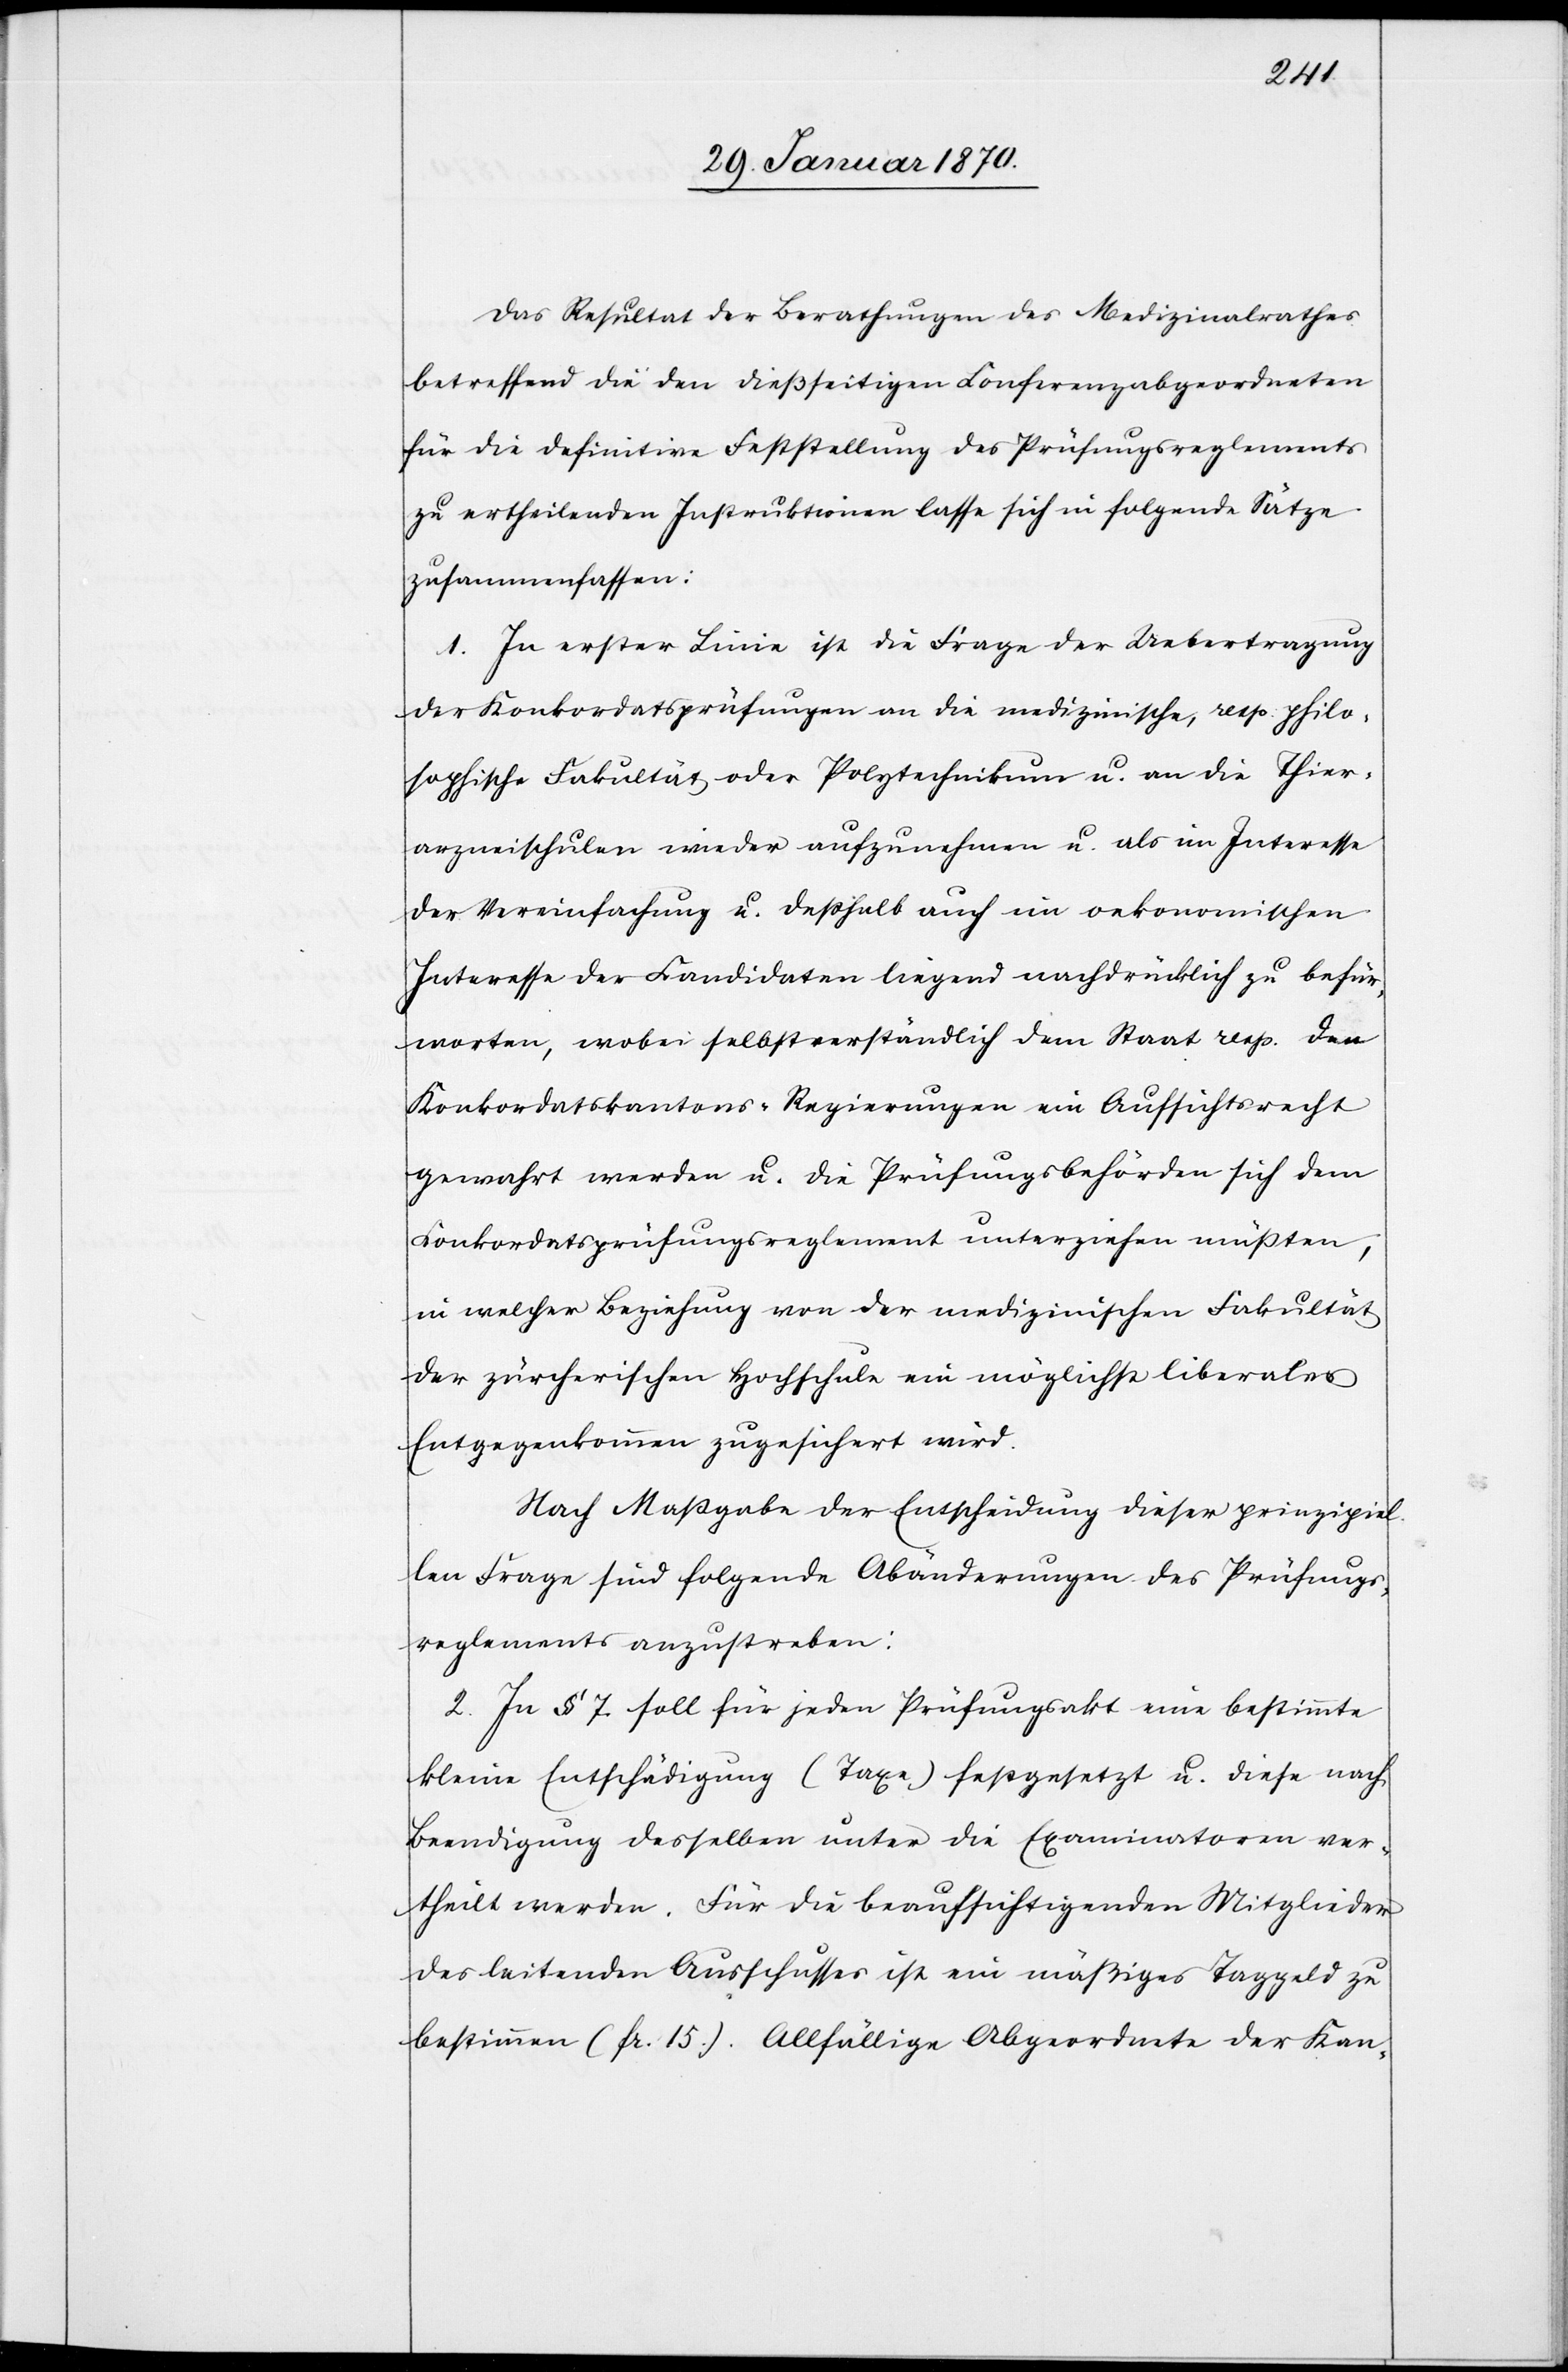
Das Resultat der Berathungen des Medizinalrathes
betreffend die den dießseitigen Konferenzabgeordneten
für die definitive Feststellung des Prüfungsreglements
zu ertheilenden Instruktionen lasse sich in folgende Sätze
zusammenfassen:
1. In erster Linie ist die Frage der Uebertragung
der Konkordatsprüfungen an die medizinische, resp. philo¬
sophische Fakultät oder Polytechnikum u. an die Thier¬
arzneischulen wieder aufzunehemen u. als im Interesse
der Vereinfachung u. deßhalb auch im oekonomischen
Interesse der Kandidaten liegend nachdrücklich zu befür¬
worten, wobei selbstverständlich dem Staat resp. den
Konkordatskantons-Regierungen ein Aufsichtsrecht
gewahrt werden u. die Prüfungsbehörden sich dem
Konkordatsprüfungsreglement unterziehen müßten,
in welcher Beziehung von der medizinischen Fakultät
der zürcherischen Hochschule ein möglichst liberales
Entgegenkommen zugesichert wird.
Nach Maßgabe der Entscheidung dieser prinzipiel¬
len Frage sind folgende Abänderungen des Prüfungs¬
reglements anzustreben:
2. In § 7 soll für jeden Prüfungsakt eine bestimmte
kleine Entschädigung (Taxe) festgesetzt u. diese nach
Beendigung desselben unter die Examinatoren ver¬
theilt werden. Für die beaufsichtigenden Mitglieder
des leitenden Ausschusses ist ein mäßiges Taggeld zu
bestimmen (fr. 15.). Allfällige Abgeordnete der Kan-